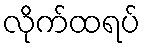
လိုက်ထရပ်